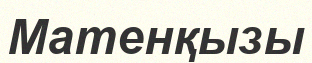
Матенқызы